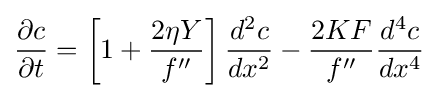
{\frac {\partial c}{\partial t}}=\left[1+{\frac {2\eta Y}{f''}}\right]{\frac {d^{2}c}{dx^{2}}}-{\frac {2KF}{f''}}{\frac {d^{4}c}{dx^{4}}}